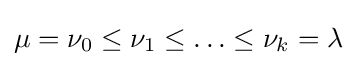
\mu =\nu _{0}\leq \nu _{1}\leq \ldots \leq \nu _{k}=\lambda